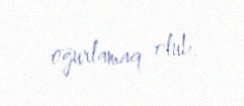
oğurlamaq olub.